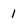
Character: 1